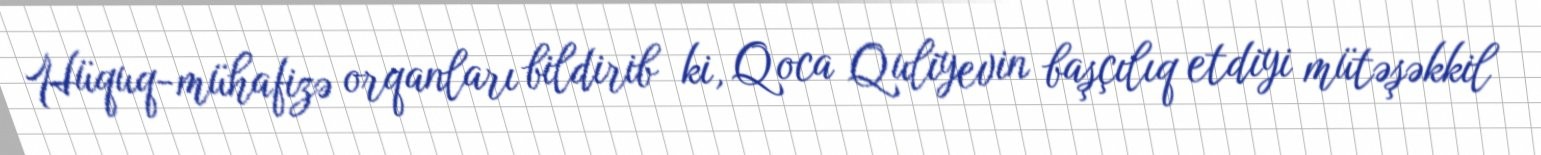
Hüquq-mühafizə orqanları bildirib ki, Qoca Quliyevin başçılıq etdiyi mütəşəkkil